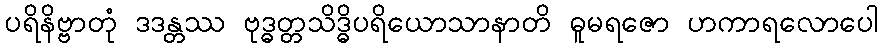
ပရိနိဗ္ဗာတုံ ဒဒန္တဿ ဗုဒ္ဓတ္တသိဒ္ဓိပရိယောသာနာတိ ဓူမရဇော ဟကာရလောပေါ